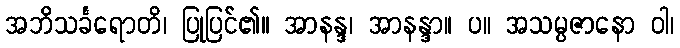
အဘိသင်္ခရောတိ၊ ပြုပြင်၏။ အာနန္ဒ၊ အာနန္ဒာ။ ပ။ အသမ္ပဇာနော ဝါ၊